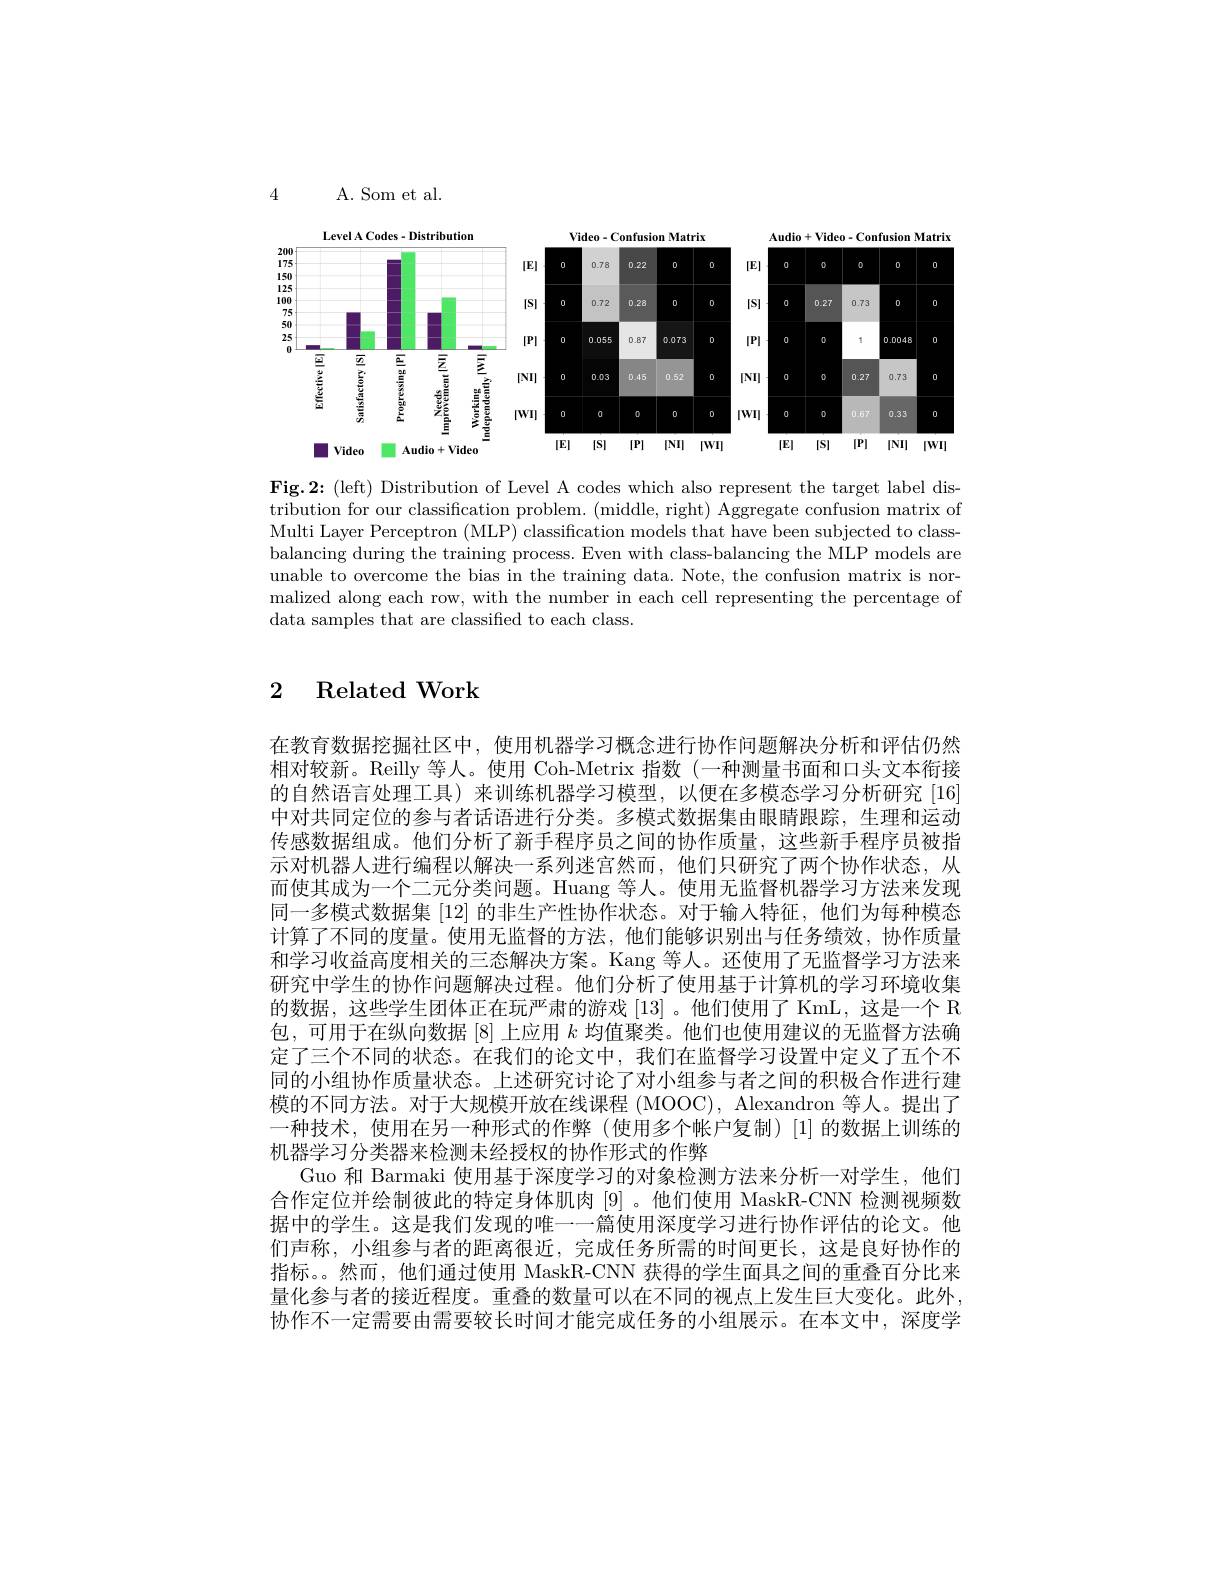
A. Som et al.

4

Video-Confusion Matrix
<FigureHere>

$\mathbf{LevelACodes-Distribution}$
$\mathbf{Audio}+\mathbf{Video}-\mathbf{Confusion}$ Matrix

Fig.2:(left) Distribution of Level A codes which also represent the target label distribution for our classification problem. (middle, right) Aggregate confusion matrix of Multi Layer Perceptron (MLP) classification models that have been subjected to classbalancing during the training process. Even with class-balancing the MLP models are unable to overcome the bias in the training data. Note, the confusion matrix is normalized along each row, with the number in each cell representing the percentage of data samples that are classified to each class.

## 2 Related Work

在教育数据挖掘社区中，使用机器学习概念进行协作问题解决分析和评估仍然相对较新。Reilly 等人。使用 Coh-Metrix 指数(一种测量书面和口头文本衔接的自然语言处理工具)来训练机器学习模型，以便在多模态学习分析研究[16] 中对共同定位的参与者话语进行分类。多模式数据集由眼睛跟踪，生理和运动传感数据组成。他们分析了新手程序员之间的协作质量，这些新手程序员被指示对机器人进行编程以解决一系列迷宫然而，他们只研究了两个协作状态，从而使其成为一个二元分类问题。Huang 等人。使用无监督机器学习方法来发现同一多模式数据集$\left\lceil12\right\rceil$的非生产性协作状态。对于输入特征，他们为每种模态计算了不同的度量。使用无监督的方法，他们能够识别出与任务绩效，协作质量和学习收益高度相关的三态解决方案。Kang 等人。还使用了无监督学习方法来研究中学生的协作问题解决过程。他们分析了使用基于计算机的学习环境收集的数据，这些学生团体正在玩严肃的游戏[13] 。他们使用了 KmL, 这是一个 R 包，可用于在纵向数据[8]上应用$k$均值聚类。他们也使用建议的无监督方法确定了三个不同的状态。在我们的论文中，我们在监督学习设置中定义了五个不同的小组协作质量状态。上述研究讨论了对小组参与者之间的积极合作进行建模的不同方法。对于大规模开放在线课程 (MOOC), Alexandron 等人。提出了一种技术，使用在另一种形式的作弊(使用多个帐户复制)[1]的数据上训练的机器学习分类器来检测未经授权的协作形式的作弊
Guo 和 Barmaki 使用基于深度学习的对象检测方法来分析一对学生，他们合作定位并绘制彼此的特定身体肌肉[9]。他们使用 MaskR-CNN 检测视频数据中的学生。这是我们发现的唯一一篇使用深度学习进行协作评估的论文。他们声称，小组参与者的距离很近，完成任务所需的时间更长，这是良好协作的指标。。然而，他们通过使用 MaskR-CNN 获得的学生面具之间的重叠百分比来量化参与者的接近程度。重叠的数量可以在不同的视点上发生巨大变化。此外协作不一定需要由需要较长时间才能完成任务的小组展示。在本文中，深度学